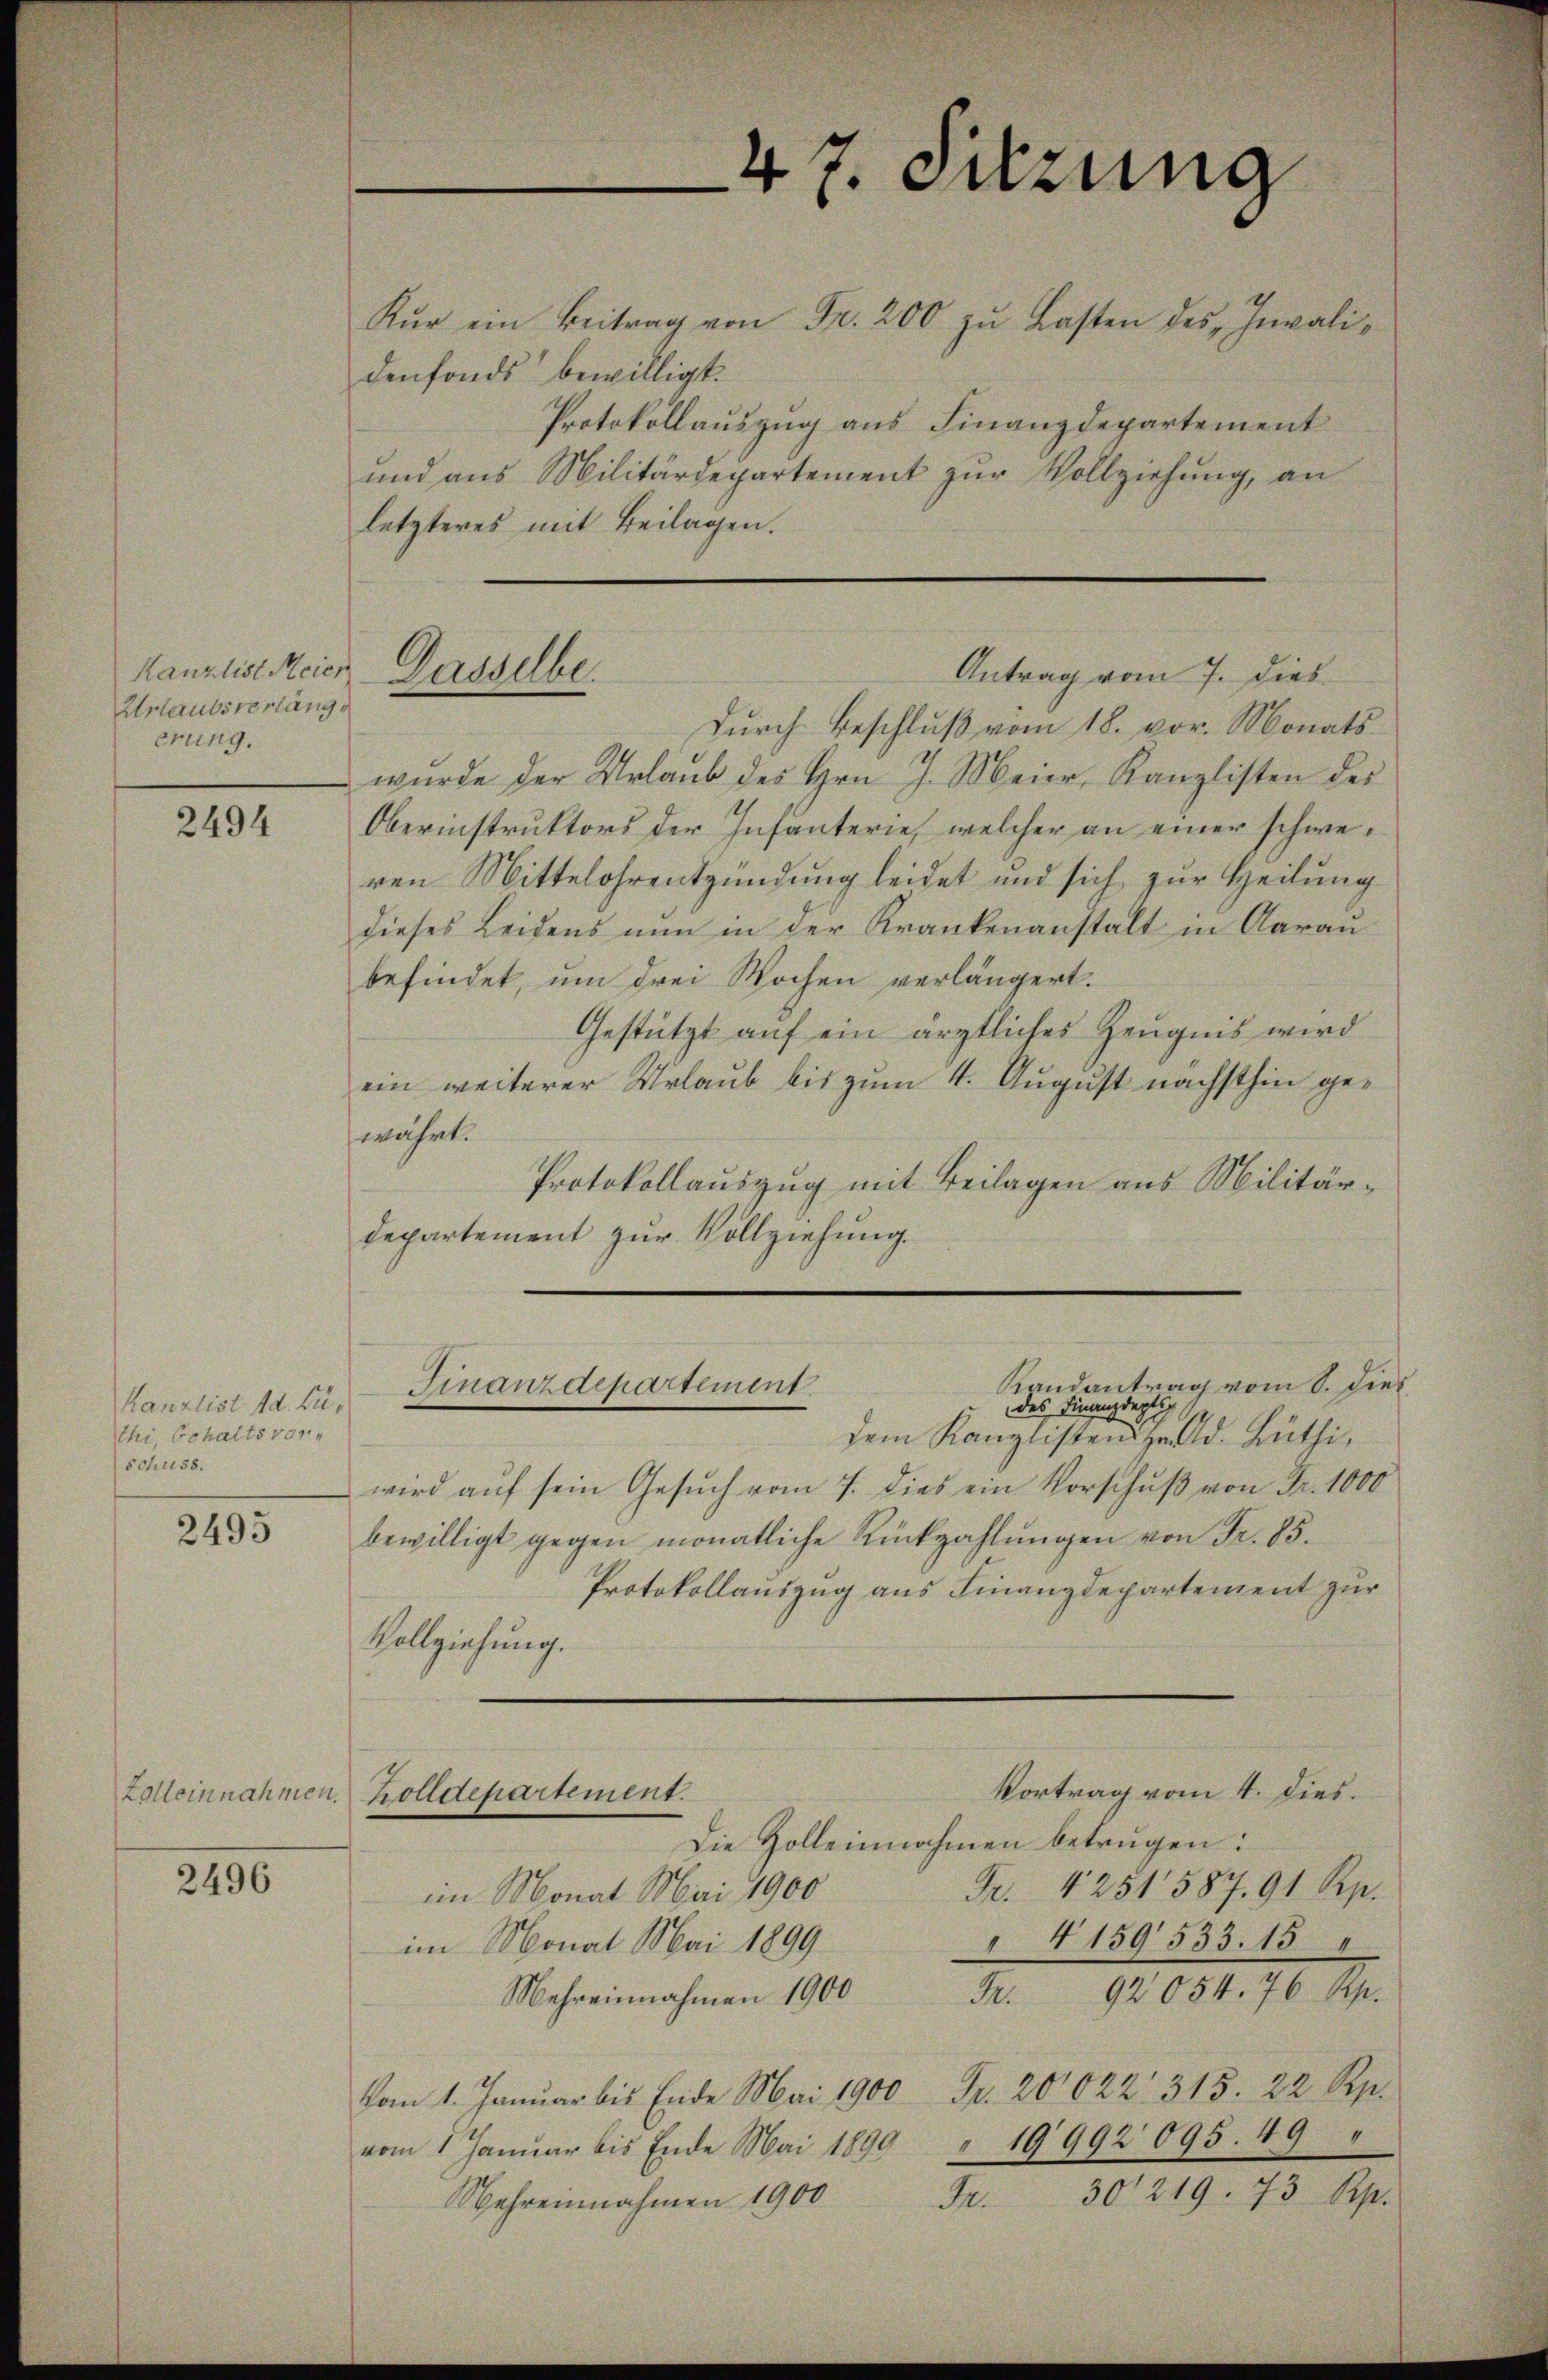
Kanzlist Meier
Urlaubsverläng
erung.

2494

kanzlist d. Buthi, behalts vor
schuss.

2495

Zolleinnahmen.

2496

Kŭr ein Beitrag von Fr. 200 zu Lasten des „Invalidenfonds bewilligt.
Protokollauszug aus Finanzdepartement
und aus Militärdepartement zŭr Vollziehung, an
letzteres mit Beilagen.

Dasselbe.

Durch Beschluß vom 18. vor. Monats
wurde der Urlaub des Hrn. J. Meier, Kanzlisten des
Oberinstruktors der Infanterie, welcher an einer schweren Mittelohrentzündung leidet und sich zur Heilung
dieses Leidens nun in der Krankenanstalt in Aarau
befindet, um drei Wochen verlängert.
Gestützt auf ein ärztliches Zeugnis wird
ein weiterer Urlaub bis zum 4. August nächsthin gewährt.
Protokollauszug mit Beilagen aus Militärdepartement zur Vollziehung.
dem Kanzlistenzelld. Büthiwird aŭf sein Gesŭch vom 7. dies ein Vorschŭβ von Fr. 1000
bewilligt gegen monatliche Rückzahlungen von Fr. 85.
Protokollauszug aus Finanzdepartement zur
Vollziehung.
Vortrag vom 4. dies.
holldepartement.
Die Zolleinnahmen betrügen:
Fr. 4251587. 91 Rp.
im Monat Mai 1900
" 4159533. 15 "
im Monat Mai 1899
Fr. 92054. 76 Rp.
Mehreinnahmen 1900
Vom 1. Januar bis Ende Mai 1900 Fr. 20022 315. 22 Rp.
vom 1 Januar bis Ende Mai 1890 " 19992 095. 49
Fr. 30219. 73 Rp.
Wehreinnahmen 1900

Randantrag vom 8. dies
Finanzdepartement.
des Finanzdeptig

47. Sitzung

Antrag vom 7. dies